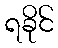
ရခိုင်